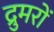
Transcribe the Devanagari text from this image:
द्रुमरों